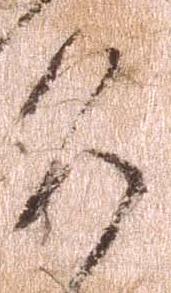
道